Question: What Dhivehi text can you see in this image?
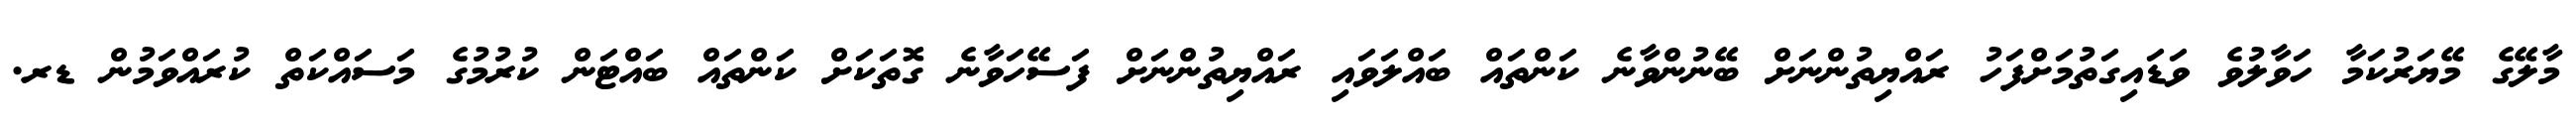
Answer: މާލޭގެ މޭޔަރުކަމާ ހަވާލުވެ ވަޑައިގަތުމަށްފަހު ރައްޔިތުންނަށް ބޭނުންވާނެ ކަންތައް ބައްލަވައި ރައްޔިތުންނަށް ފަސޭހަވާނެ ގޮތަކަށް ކަންތައް ބައްޓަން ކުރުމުގެ މަސައްކަތް ކުރައްވަމުން ޑރ.